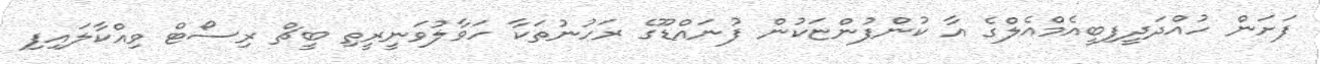
ފަށަން ހުއްދަދީފިބީއެމްއެލްގެ އާ ކުންފުންޏަކުން ފުނައްޑޫގެ ރަހުނުތަކާ ހަވާލުވަނީރީތި ބީޗް ރިސޯޓް ވިއްކާލައިފި